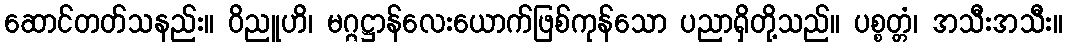
ဆောင်တတ်သနည်း။ ဝိညူဟိ၊ မဂ္ဂဋ္ဌာန်လေးယောက်ဖြစ်ကုန်သော ပညာရှိတို့သည်။ ပစ္စတ္တံ၊ အသီးအသီး။